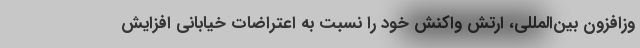
وزافزون بین‌المللی، ارتش واکنش خود را نسبت به اعتراضات خیابانی افزایش